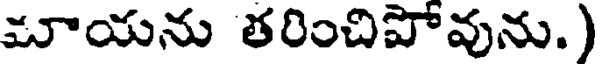
మూయను తరించిపోవును.)